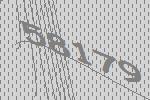
58179